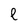
Character: e